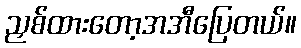
ညှစ်ထားတော့အအီပြေတယ်။